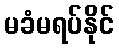
မခံမရပ်နိုင်